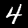
Digit: 4